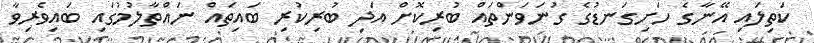
ކަތިލައި އޭނާގެ ހަށިގަނޑުގެ ގުނަވަންތައް ބުރިކޮށް އަދި ބުރިކުރި ބައިތައް ނައްތާލުމުގައި ބައިވެރިވާ